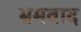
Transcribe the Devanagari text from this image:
भ्रमवाद